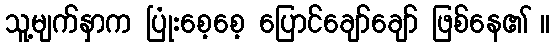
သူ့မျက်နှာက ပြုံးစေ့စေ့ ပြောင်ချော်ချော် ဖြစ်နေ၏ ။